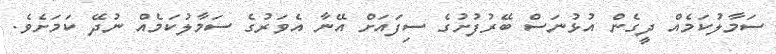
ސަމާލުކަމެއް ދީގެން އުޅުނަސް ބޭރުފުށުގެ ސިފައަށް އޭނާ އެވަރުގެ ސަމާލުކަމެއް ނުދޭ ކަމަށެވެ.